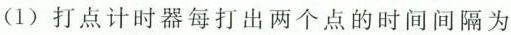
(1)打点计时器每打出两个点的时间间隔为